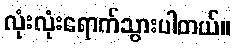
လုံးလုံးရောက်သွားပါတယ်။